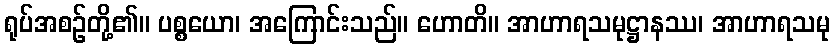
ရုပ်အစဉ်တို့၏။ ပစ္စယော၊ အကြောင်းသည်။ ဟောတိ။ အာဟာရသမုဋ္ဌာနဿ၊ အာဟာရသမု